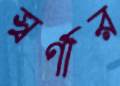
স্বর্ণার